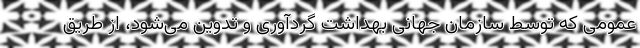
عمومی که توسط سازمان جهانی بهداشت گردآوری و تدوین می‌شود، از طریق